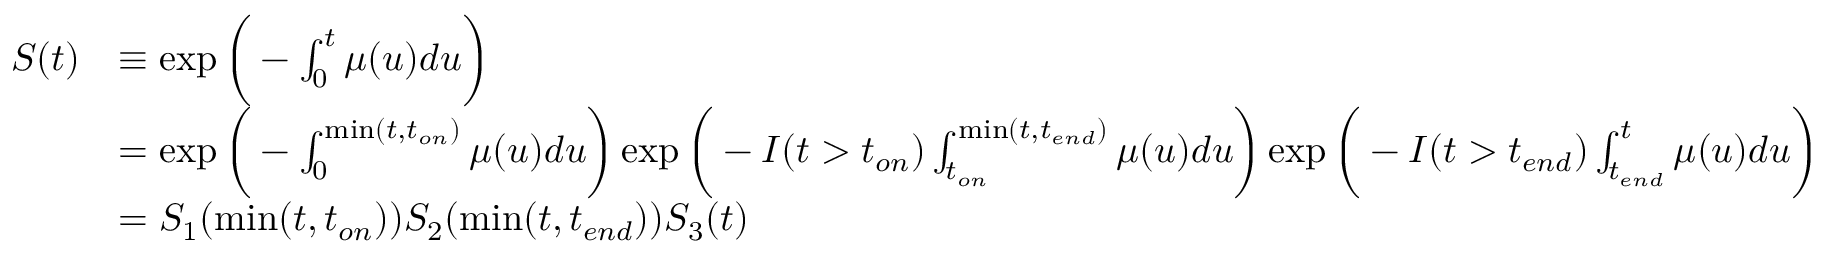
\begin{array} { r l } { S ( t ) } & { \equiv \exp { \bigg ( - \int _ { 0 } ^ { t } \mu ( u ) d u \bigg ) } } \\ & { = \exp { \bigg ( - \int _ { 0 } ^ { \mathrm { m i n } ( t , t _ { o n } ) } \mu ( u ) d u \bigg ) } \exp { \bigg ( - I ( t > t _ { o n } ) \int _ { t _ { o n } } ^ { \mathrm { m i n } ( t , t _ { e n d } ) } \mu ( u ) d u \bigg ) } \exp { \bigg ( - I ( t > t _ { e n d } ) \int _ { t _ { e n d } } ^ { t } \mu ( u ) d u \bigg ) } } \\ & { = S _ { 1 } ( \mathrm { m i n } ( t , t _ { o n } ) ) S _ { 2 } ( \mathrm { m i n } ( t , t _ { e n d } ) ) S _ { 3 } ( t ) } \end{array}